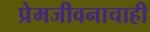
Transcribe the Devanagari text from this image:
प्रेमजीवनाचाही